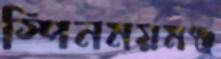
স্পিনময়মঞ্জ